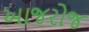
આજરોજ